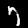
Digit: 7